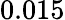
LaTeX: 0.015